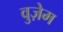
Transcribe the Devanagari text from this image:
वुज़ेम